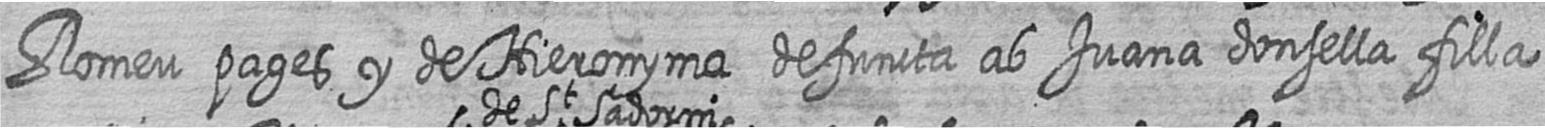
Romeu pages y de Hieronyma defuncta ab Juana donsella filla